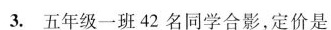
3.五年级一班42名同学合影，定价是